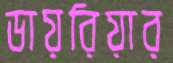
ডায়রিয়ার